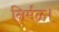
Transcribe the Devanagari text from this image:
निर्मळ।